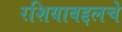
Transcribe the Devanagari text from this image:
रशियाबद्दलचे